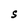
Character: S